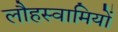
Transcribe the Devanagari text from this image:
लौहस्वामियों